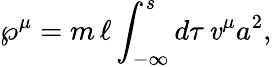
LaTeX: {\wp}^{\mu}=m\, \ell\int_{-\infty}^{s}d\tau\, \mathit{v}^{\mu}a^{2},